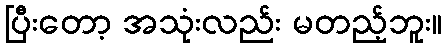
ပြီးတော့ အသုံးလည်း မတည့်ဘူး။